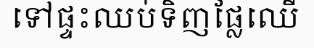
ទៅផ្ទះឈប់ទិញផ្លែឈើ